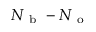
N _ { \mathrm { ~ b ~ } } - N _ { \mathrm { ~ o ~ } }